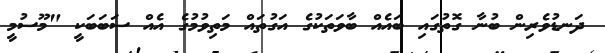
ދަނޑުވެރިން ބުނާ ގޮތުގައި ބައެއް ބާވަތަކުގެ އަގުތައް މަތިވުމުގެ އެއް ސަބަބަކީ "މޫސުމީ